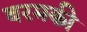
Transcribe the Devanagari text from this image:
बरमकी